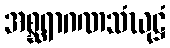
အစ္ဆရာဂဏသံဃုဋ္ဌံ